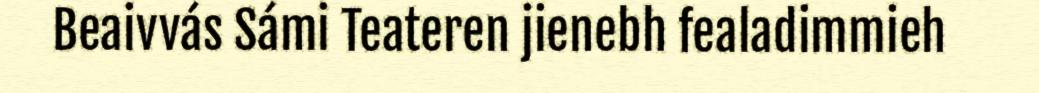
Beaivvás Sámi Teateren jienebh fealadimmieh